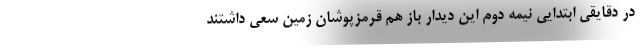
در دقایقی ابتدایی نیمه دوم این دیدار باز هم قرمزپوشان زمین سعی داشتند